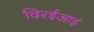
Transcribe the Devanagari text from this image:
विरईआइं